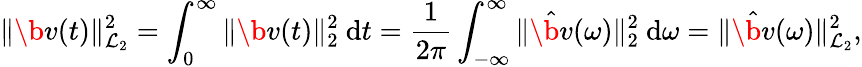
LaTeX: \| \b{v}(t)\| _{\mathcal{L}_{2}}^{2}=\int_{0}^{\infty}\| \b{v}(t)\| _{2}^{2}~\mathrm{d}t=\frac{1}{2\pi}\int_{-\infty}^{\infty}\| \hat{\b{v}}(\omega)\| _{2}^{2}~\mathrm{d}\omega=\| \hat{\b{v}}(\omega)\| _{\mathcal{L}_{2}}^{2},